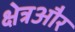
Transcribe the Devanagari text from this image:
क्षेत्रऔर